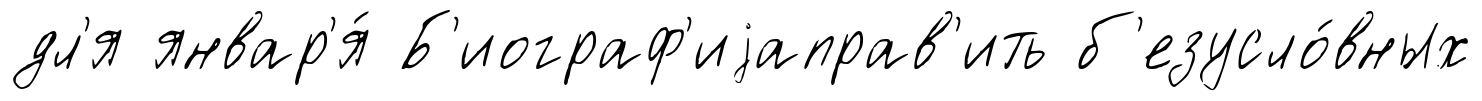
дл'я январ'я́ Б'иограф'иjаправ'ить б'езусло́вных